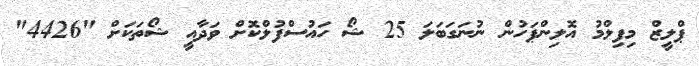
ޕްލީޒް މިފިލްމު އޮލިންޕަހުން ނުނަގަބަލަ 25 ޝޯ ހައުސްފުލްކޮށް ވަދާއީ ޝޯތަކަށް "4426"